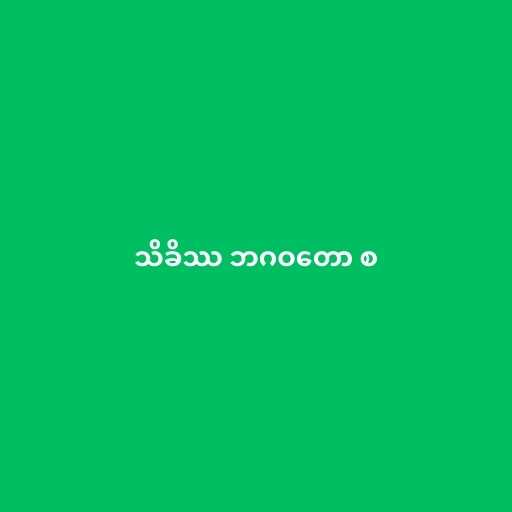
သိခိဿ ဘဂဝတော စ